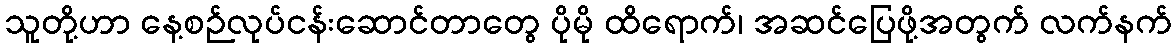
သူတို့ဟာ နေ့စဉ်လုပ်ငန်းဆောင်တာတွေ ပိုမို ထိရောက်၊ အဆင်ပြေဖို့အတွက် လက်နက်